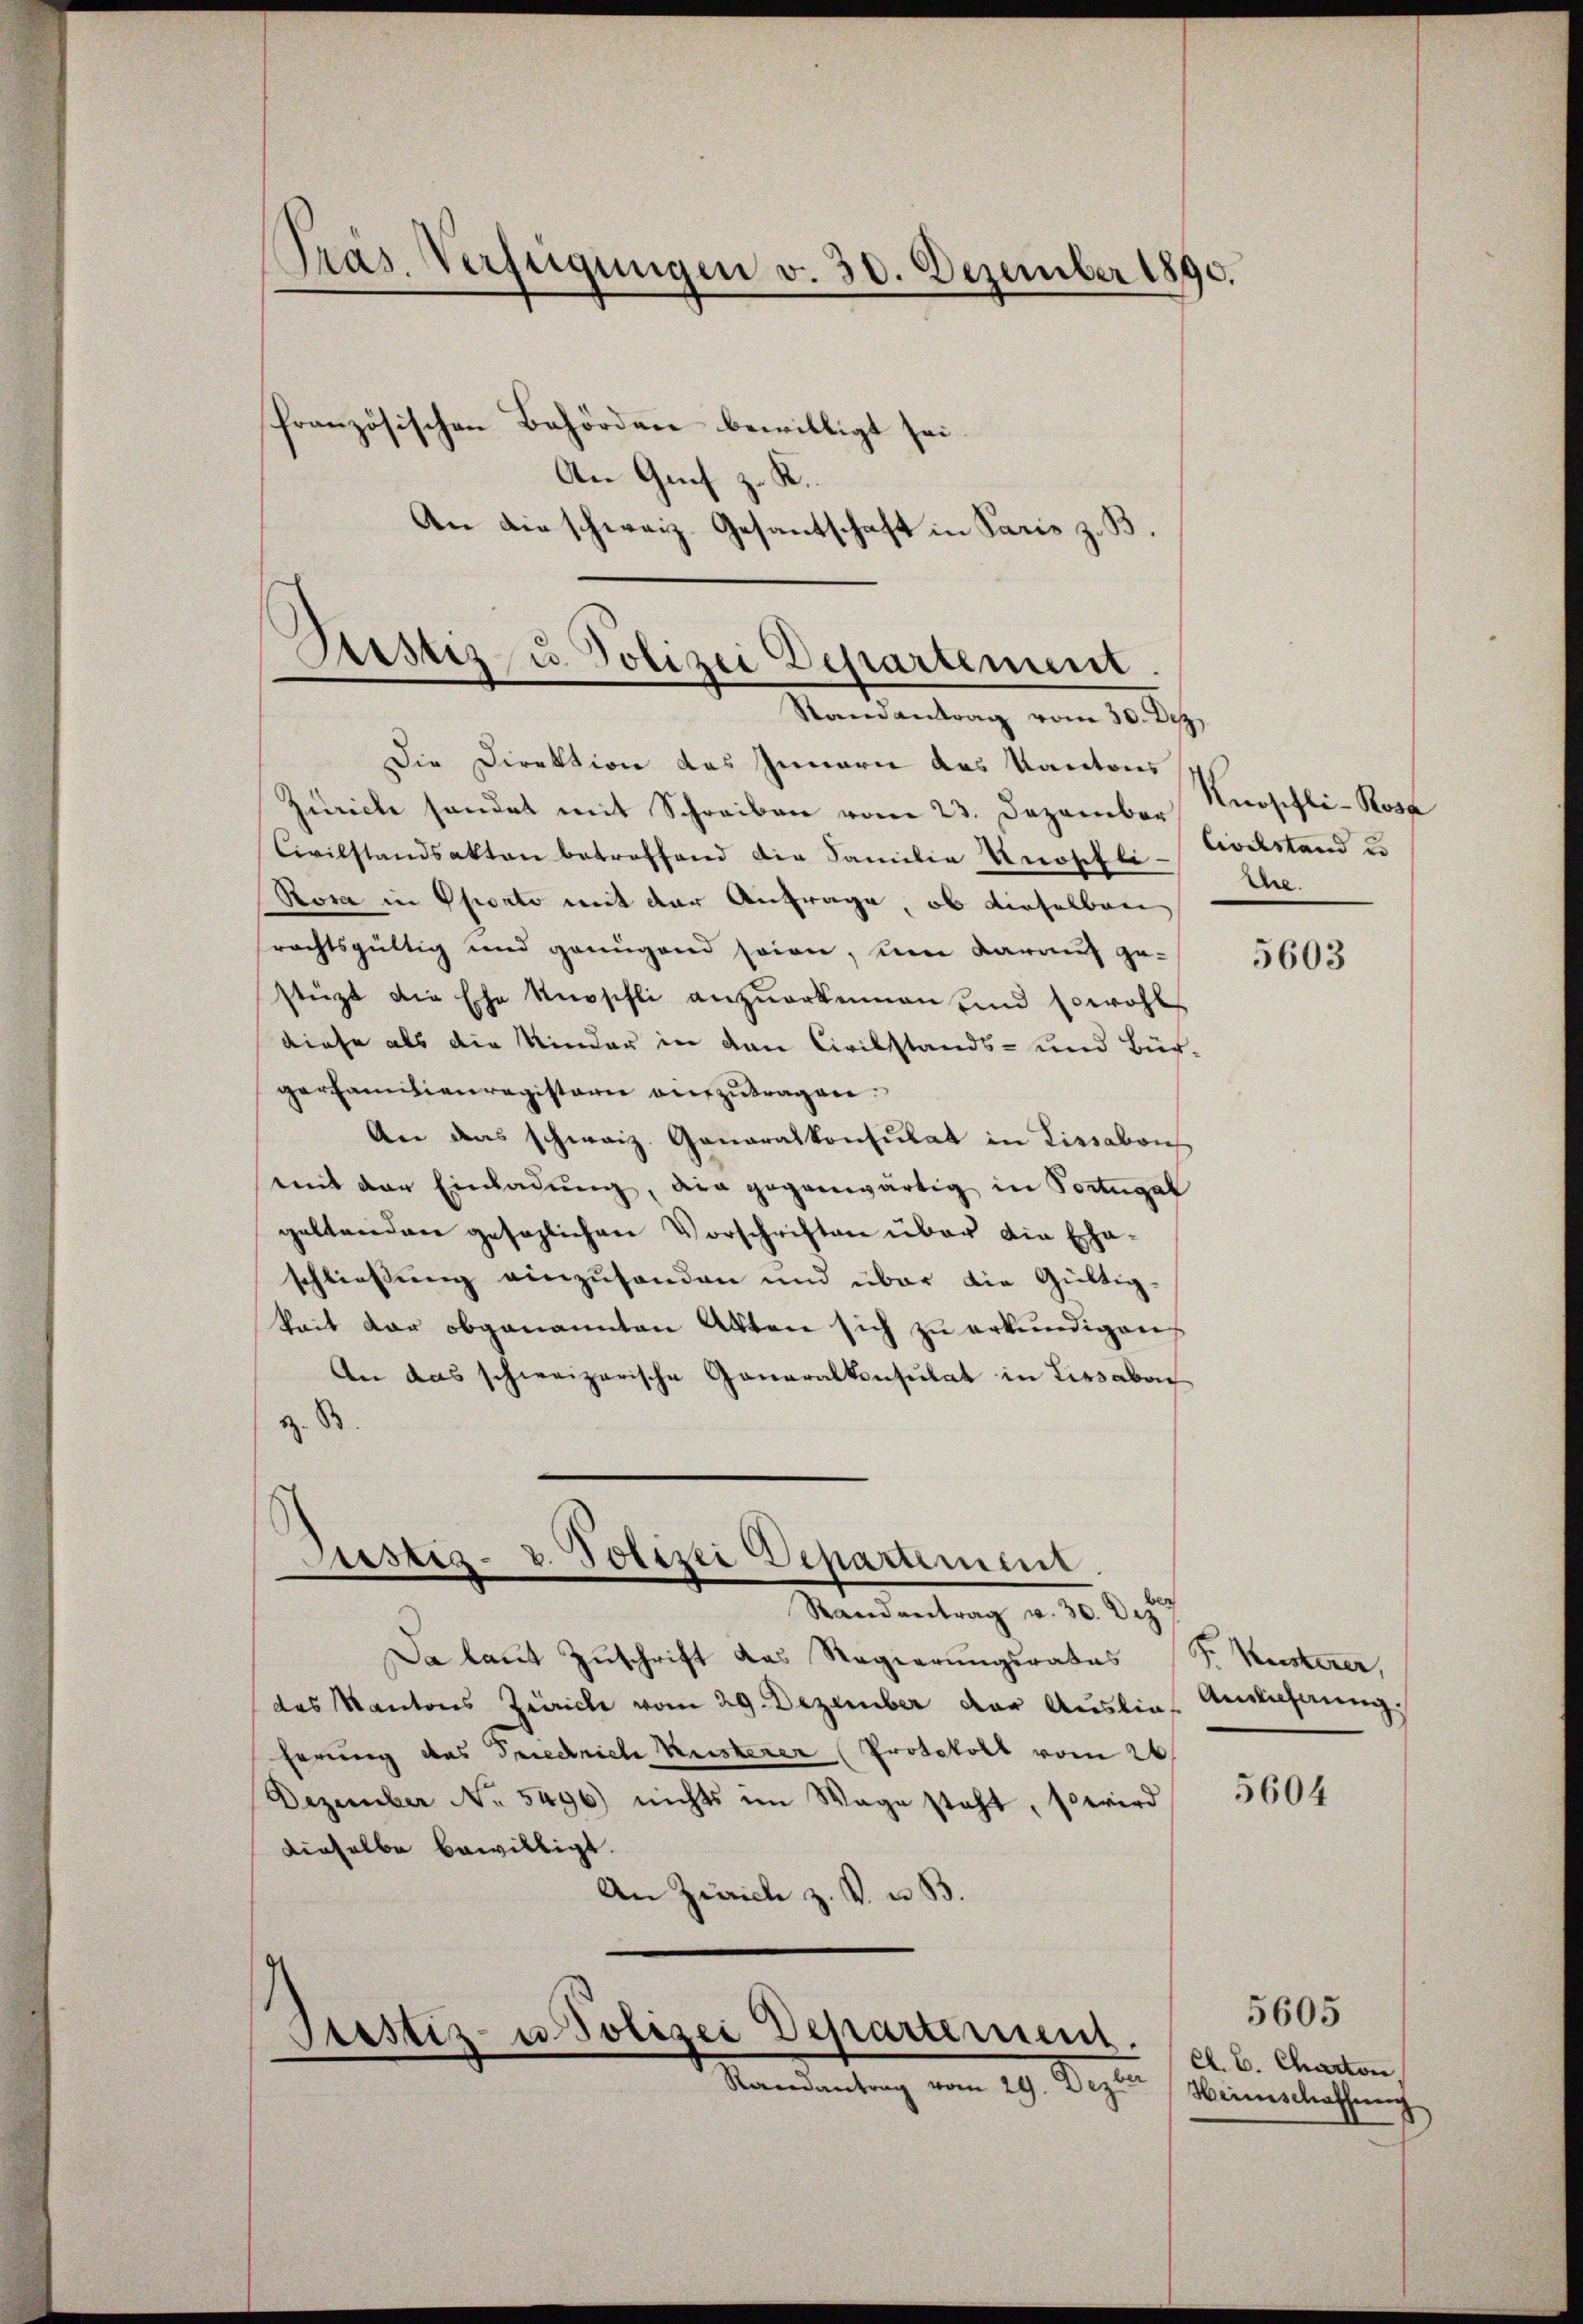
Pras. Verfügungen v. 30. Dezember 1890.
französischen Behörden bewilligt sei.
An Grif z. R.

Sistiz- u. Polizei Departement.
Randantrag vom 30. Dez.

Die Direktion des Innern das Kantons
Zürich sendet mit Schreiben vom 23. Dezember Nüschli-Rose
Civilstandsakten betreffend die Familie Knopfli-Civilstand u
Rosa in Ponto mit der Anfrage, ob dieselber
srechtsgültig und genügend seien, um darauf gestüzt die Ehe Knosehli anzŭerkennen und sowohl
diese als die Kinder in den Civilstands- und Bür-
perfamilienregisterie aufzutragen.
An das schweiz. Generalkonsulat in Lissabons
mit der Einladung, die gegenwärtig in Portugal
geltenden gesezlichen Vorschriften über die Eheschliessung einzusenden und über die Gültigkeit der obgenannten Akten sich zu erkundigen
An das schweizerische Generalkonsulat in Lissabon
z. B.
Justiz- u. Polizei Departement.
Randantrag v. 30. Dez
Da laut Zuschrift das Regierungsrates
das Kantons Zürich vom 29. Dezember der Auslieherung das Friedrich Kisterer Protokoll vom 26.
Dezember No. 5496) nichts im Wage steht, so wird
dieselbe bewilligt.
An Zürich z. B. u. B.

An die schweiz. Gesantschaft in Paris z. B.

Ptestiz- u Polizei Departement.
Randantrag vom 29. Dezber

Ehe.

5603

P. Kusterer,
Auslichnung.

5604

Cl. C. Charton.
Heimschaffung

5605